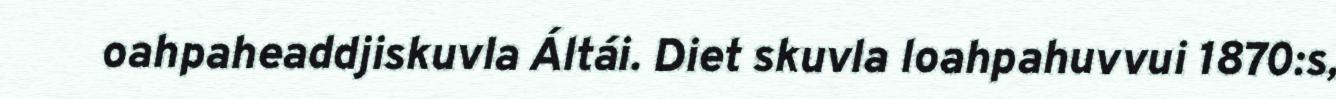
oahpaheaddjiskuvla Áltái. Diet skuvla loahpahuvvui 1870:s,